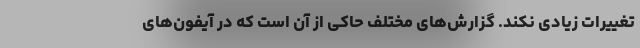
تغییرات زیادی نکند. گزارش‌های مختلف حاکی از آن است که در آیفون‌های